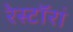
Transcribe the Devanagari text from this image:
रेस्टॉरां